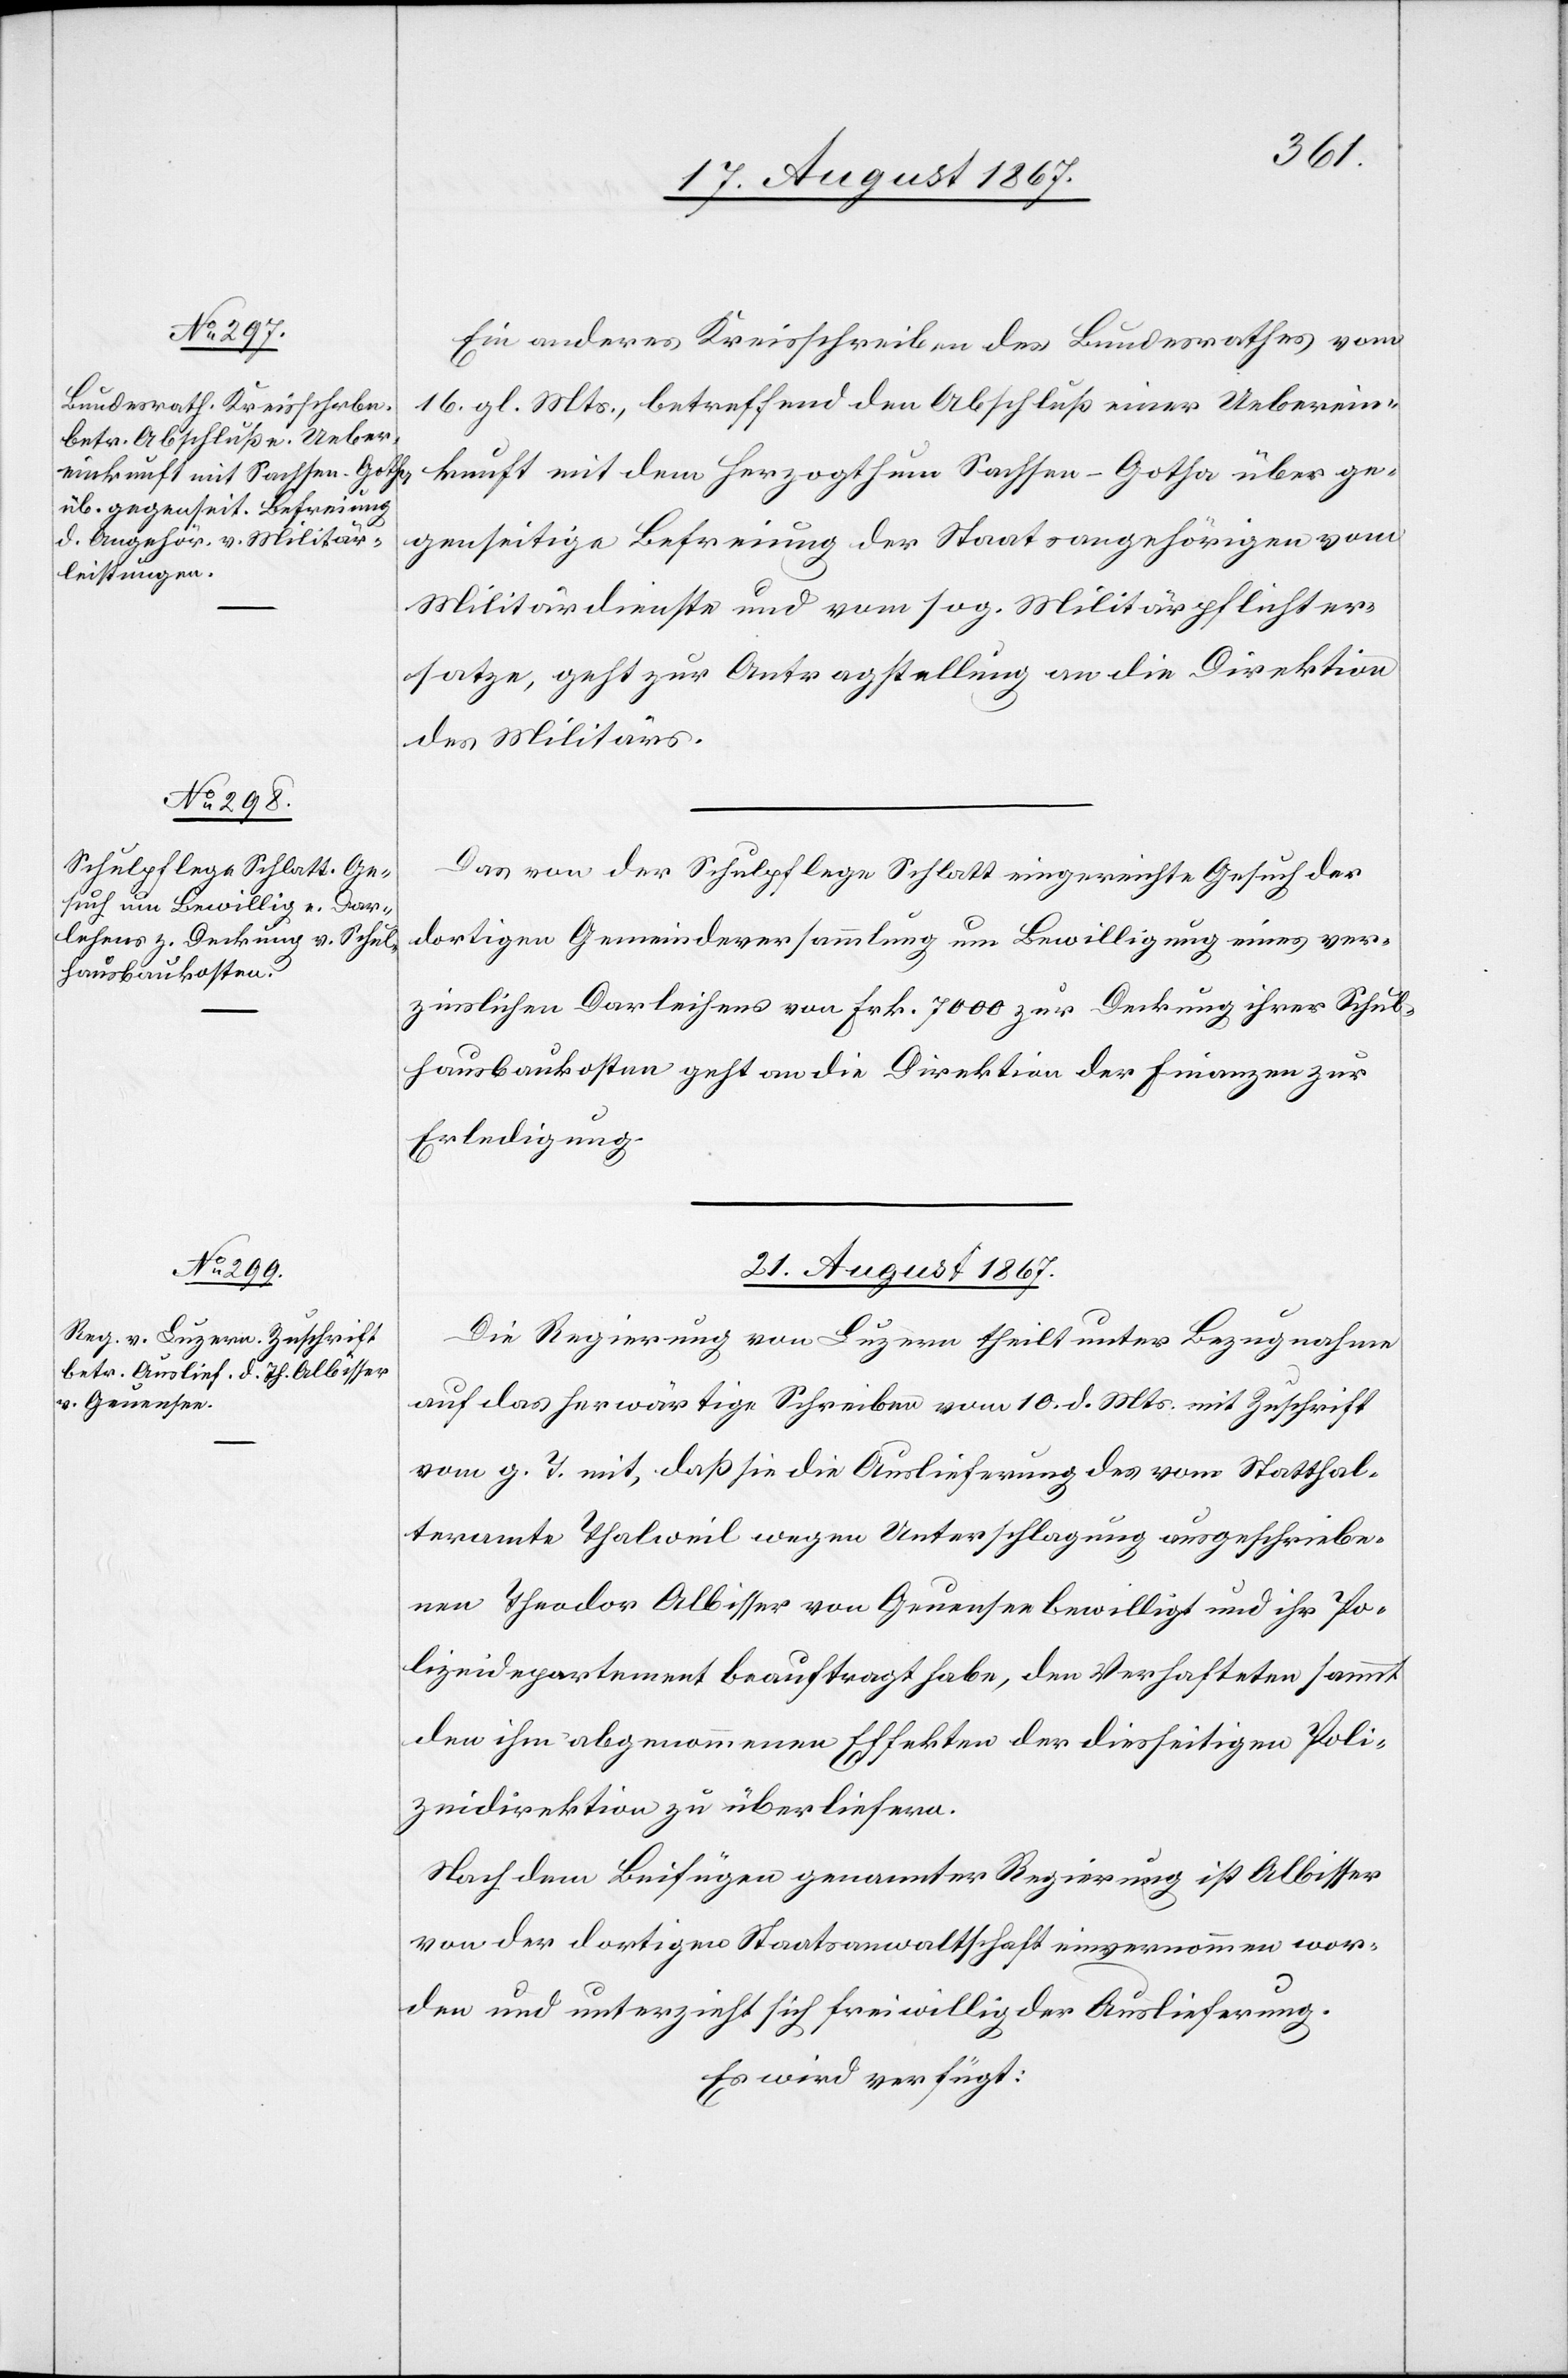
20. August 1867.]
Ein anderes Kreisschreiben des Bundesrathes vom
16. gl. Mts., betreffend den Abschluß einer Ueberein¬
kunft mit dem Herzogthum Sachsen-Gotha über ge¬
genseitige Befreiung der Staatsangehörigen vom
Militärdienste und vom sog. Militärpflichter¬
satze, geht zur Antragstellung an die Direktion
des Militärs.
Das von der Schulpflege Schlatt eingereichte Gesuch der
dortigen Gemeindeversammlung um Bewilligung eines ver¬
zinslichen Darlehens von Frk. 7000 zur Deckung ihrer Schul¬
hausbaukosten geht an die Direktion der Finanzen zur
Erledigung.
21. August 1867.
Die Regierung von Luzern theilt unter Bezugnahme
auf das herwärtige Schreiben vom 10. d. Mts. mit Zuschrift
vom g. T. mit, daß sie die Auslieferung des vom Statthal¬
teramte Thalweil wegen Unterschlagung ausgeschriebe¬
nen Theodor Albisser von Geuensee bewilligt und ihr Po¬
lizeidepartement beauftragt habe, den Verhafteten sammt
den ihm abgenommenen Effekten der diesseitigen Poli¬
zeidirektion zu überliefern.
Nach dem Beifügen genannter Regierung ist Albisser
von der dortigen Staatsanwaltschaft einvernommen wor¬
den und unterzieht sich freiwillig der Auslieferung.
Es wird verfügt: